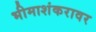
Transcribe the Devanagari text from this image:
भीमाशंकरावर